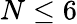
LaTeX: N\leq 6